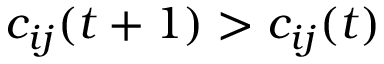
c _ { i j } ( t + 1 ) > c _ { i j } ( t )